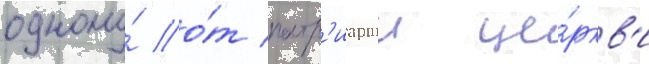
одному́ о́т патр'иаршеи це́ркв'и